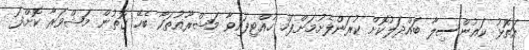
އަތޮޅު ކައުންސިލާ ބައްދަލުކޮށް ކުރަންފެށުމަށްފަހު ހުއްޓިފައިވާ މަޝްރޫއުތަކާ ބެހޭ ގޮތުން މަޝްވަރާ ކޮށްފަ